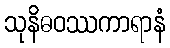
သုနိဓဝဿကာရာနံ